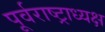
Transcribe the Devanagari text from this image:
पूर्वराष्ट्राध्यक्ष